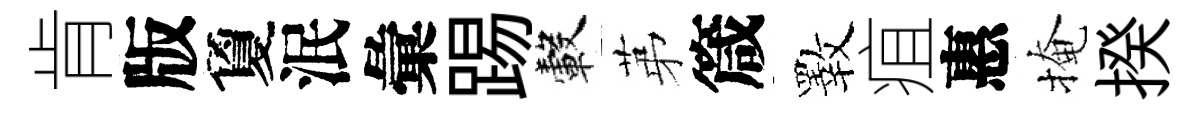
肯版夐泯彙踢轂苐箴斁疽惠掩揆